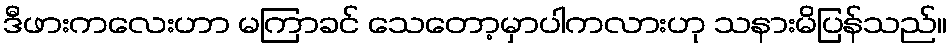
ဒီဖားကလေးဟာ မကြာခင် သေတော့မှာပါကလားဟု သနားမိပြန်သည်။